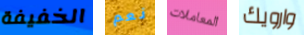
الخفيفة نعم المعاملات وارويك